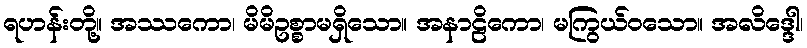
ရဟန်းတို့။ အဿကော၊ မိမိဥစ္စာမရှိသော။ အနာဠိကော၊ မကြွယ်ဝသော။ အလိဒ္ဒေါ၊